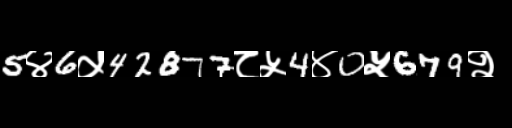
Text: 5४6५42877८५4४0५679२